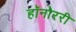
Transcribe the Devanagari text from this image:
हॉनोररी